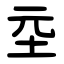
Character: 坖